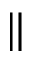
\Vert